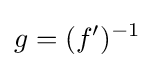
g=(f')^{-1}